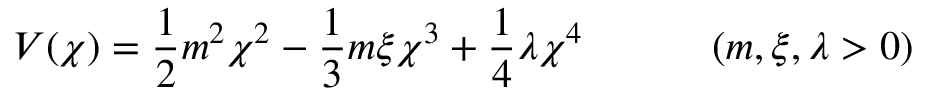
V ( \chi ) = \frac 1 2 m ^ { 2 } \chi ^ { 2 } - \frac 1 3 m \xi \chi ^ { 3 } + \frac 1 4 \lambda \chi ^ { 4 } \quad \quad \quad \left( m , \xi , \lambda > 0 \right)